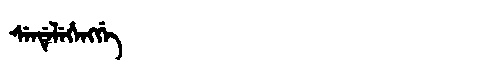
Manchu: ᠰᡝᠨᡩᡝᠯᡝᡥᡝᠩᡤᡝ
Romanization: SENDELEHENGGE